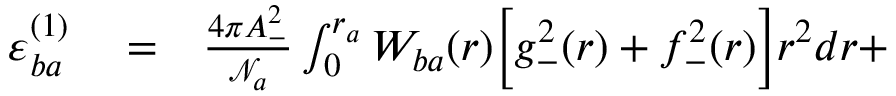
\begin{array} { r l r } { \varepsilon _ { b a } ^ { ( 1 ) } } & { { } = } & { \frac { 4 \pi A _ { - } ^ { 2 } } { \mathcal { N } _ { a } } \int _ { 0 } ^ { r _ { a } } W _ { b a } ( r ) \Big [ g _ { - } ^ { 2 } ( r ) + f _ { - } ^ { 2 } ( r ) \Big ] r ^ { 2 } d r + } \end{array}